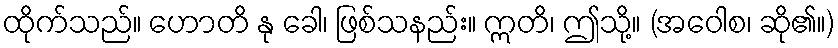
ထိုက်သည်။ ဟောတိ နု ခေါ၊ ဖြစ်သနည်း။ ဣတိ၊ ဤသို့။ (အဝေါစ၊ ဆို၏။)